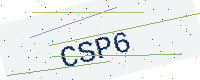
Text: CSP6